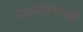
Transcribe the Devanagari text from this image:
आढळल्याची